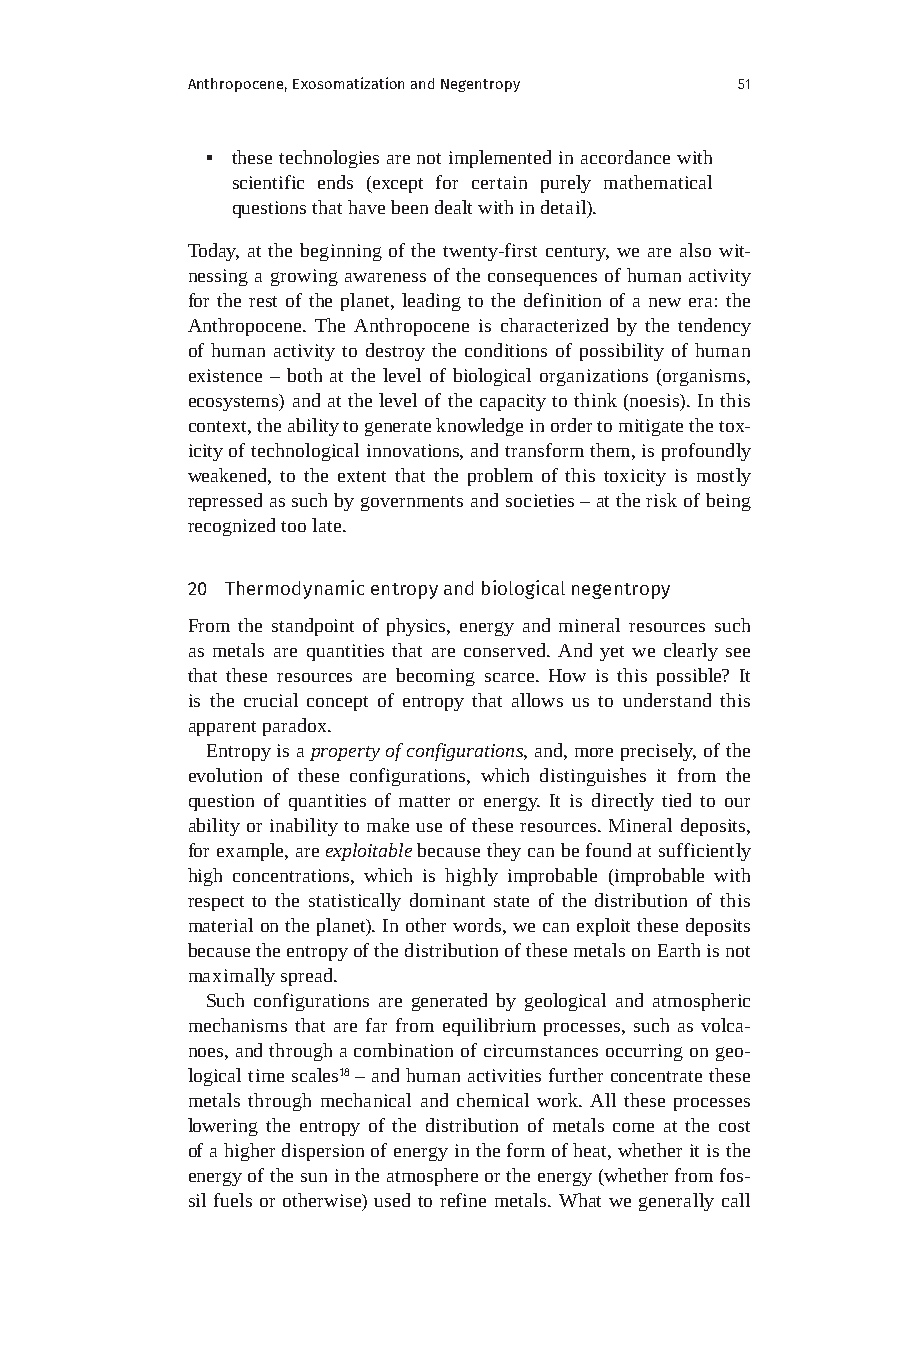
Anthropocene, Exosomatization and Negentropy 51
 ▪ these technologies are not implemented in accordance with
 scientific ends (except for certain purely mathematical
 questions that have been dealt with in detail).
 Today, at the beginning of the twenty-first century, we are also wit-
 nessing a growing awareness of the consequences of human activity
 for the rest of the planet, leading to the definition of a new era: the
 Anthropocene. The Anthropocene is characterized by the tendency
 of human activity to destroy the conditions of possibility of human
 existence – both at the level of biological organizations (organisms,
 ecosystems) and at the level of the capacity to think (noesis). In this
 context, the ability to generate knowledge in order to mitigate the tox-
 icity of technological innovations, and transform them, is profoundly
 weakened, to the extent that the problem of this toxicity is mostly
 repressed as such by governments and societies – at the risk of being
 recognized too late.
 20 Thermodynamic entropy and biological negentropy
 From the standpoint of physics, energy and mineral resources such
 as metals are quantities that are conserved. And yet we clearly see
 that these resources are becoming scarce. How is this possible? It
 is the crucial concept of entropy that allows us to understand this
 apparent paradox.
 Entropy is a property of configurations, and, more precisely, of the
 evolution of these configurations, which distinguishes it from the
 question of quantities of matter or energy. It is directly tied to our
 ability or inability to make use of these resources. Mineral deposits,
 for example, are exploitable because they can be found at sufficiently
 high concentrations, which is highly improbable (improbable with
 respect to the statistically dominant state of the distribution of this
 material on the planet). In other words, we can exploit these deposits
 because the entropy of the distribution of these metals on Earth is not
 maximally spread.
 Such configurations are generated by geological and atmospheric
 mechanisms that are far from equilibrium processes, such as volca-
 noes, and through a combination of circumstances occurring on geo-
 logical time scales18 – and human activities further concentrate these
 metals through mechanical and chemical work. All these processes
 lowering the entropy of the distribution of metals come at the cost
 of a higher dispersion of energy in the form of heat, whether it is the
 energy of the sun in the atmosphere or the energy (whether from fos-
 sil fuels or otherwise) used to refine metals. What we generally call